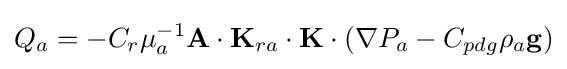
Q_{a}=-C_{r}\mu _{a}^{-1}\mathbf {A} \cdot \mathbf {K} _{ra}\cdot \mathbf {K} \cdot \left(\nabla P_{a}-C_{pdg}\rho _{a}\mathbf {g} \right)